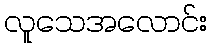
လူသေအလောင်း